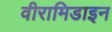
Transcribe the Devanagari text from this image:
वीरामिडाइन